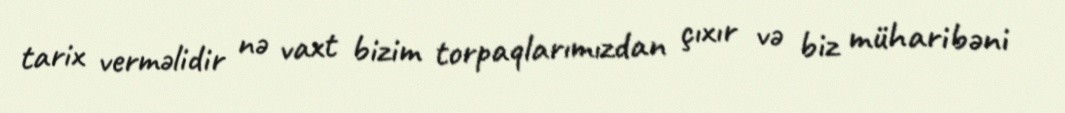
tarix verməlidir nə vaxt bizim torpaqlarımızdan çıxır və biz müharibəni